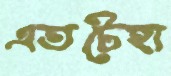
এতটেহা